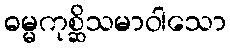
ဓမ္မကုစ္ဆိသမာဝါသော